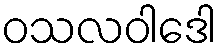
ဝသလဝါဒေါ